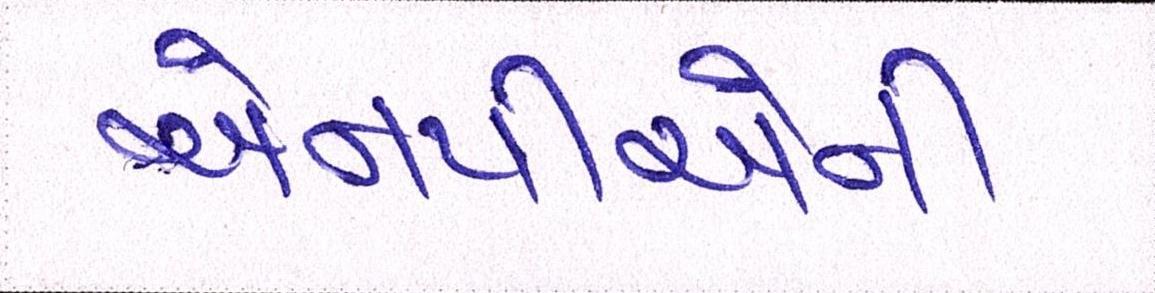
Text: એનપીએની